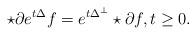
LaTeX: \begin{align*}\star \partial e^{t\Delta} f=e^{t\Delta^\perp} \star \partial f, t \ge 0.\end{align*}